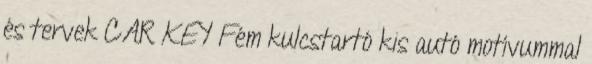
és tervek CAR KEY Fém kulcstartó kis autó motívummal